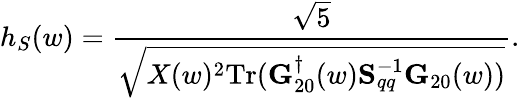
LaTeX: h_{S}(w)=\frac{\sqrt{5}}{\sqrt{X(w)^{2}\mathrm{Tr}({\mathbf G}_{20}^{\dagger}(w){\mathbf S}_{qq}^{-1}{\mathbf G}_{20}(w))}}.